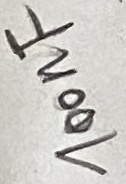
Text: 100nF